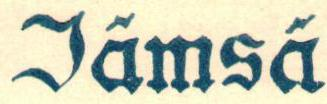
Jämsä